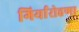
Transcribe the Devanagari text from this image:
गिर्यारोहणा